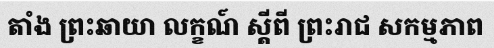
តាំង ព្រះឆាយា លក្ខណ៍ ស្តីពី ព្រះរាជ សកម្មភាព